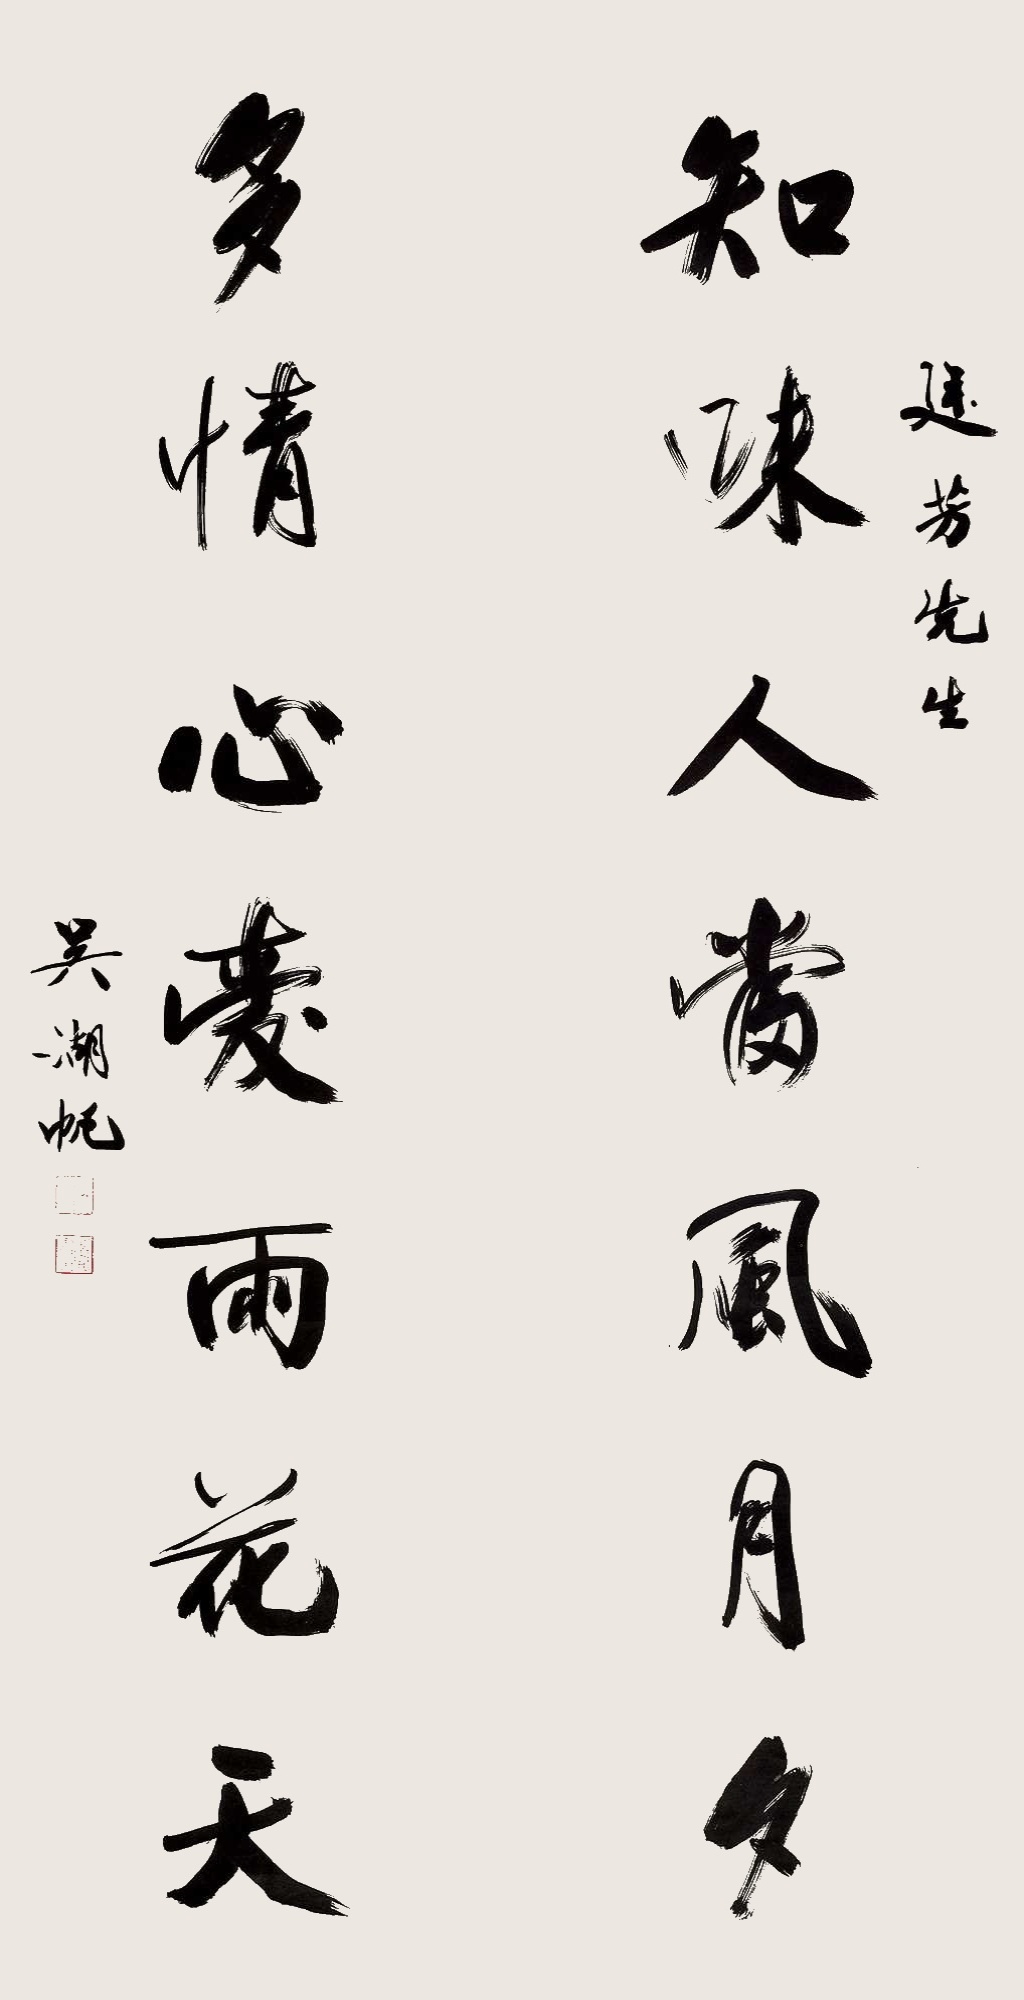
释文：知味人当风月夕，多情心爱雨花天。廷芳先生。吴湖帆。